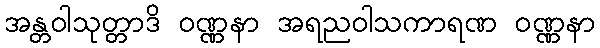
အန္တဝါသုတ္တာဒိ ဝဏ္ဏနာ အရညဝါသကာရဏ ဝဏ္ဏနာ